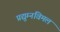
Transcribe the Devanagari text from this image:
प्रद्युम्नविमल